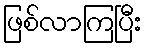
ဖြစ်လာကြပြီး